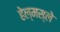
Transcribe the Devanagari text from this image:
हेल्मस्ले